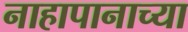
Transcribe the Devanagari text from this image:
नाहापानाच्या